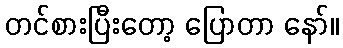
တင်စားပြီးတော့ ပြောတာ နော်။